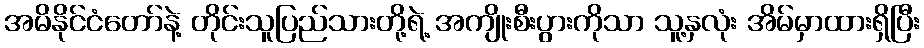
အမိနိုင်ငံတော်နဲ့ တိုင်းသူပြည်သားတို့ရဲ့ အကျိုးစီးပွားကိုသာ သူ့နှလုံး အိမ်မှာထားရှိပြီး